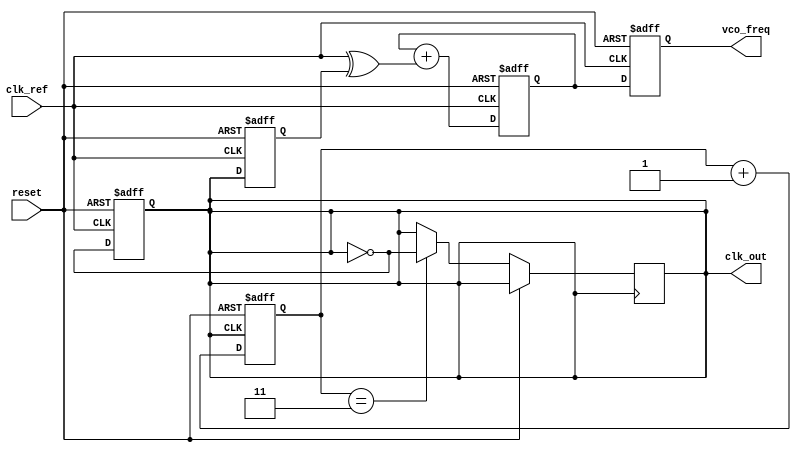
module PLL (
    input wire clk_ref,           // Reference clock input
    input wire reset,             // Reset signal
    output reg clk_out,           // Output clock signal
    output reg [3:0] vco_freq     // VCO frequency control output
);

// Phase Detector
reg clk_out_delayed;             // Delayed output clock for phase comparison
wire phase_error;                // Phase error signal

always @(posedge clk_ref or posedge reset) begin
    if (reset) begin
        clk_out_delayed <= 0;
    end else begin
        clk_out_delayed <= clk_out;
    end
end

assign phase_error = clk_ref ^ clk_out_delayed; // XOR for phase detection

// Loop Filter (simple first-order)
reg [3:0] loop_filter;           // Loop filter output
always @(posedge clk_ref or posedge reset) begin
    if (reset) begin
        loop_filter <= 4'b0000;   // Reset filter output
    end else begin
        loop_filter <= loop_filter + phase_error; // Simple integrator
    end
end

// Voltage-Controlled Oscillator (VCO)
always @(posedge clk_ref or posedge reset) begin
    if (reset) begin
        clk_out <= 0;             // Reset output clock
        vco_freq <= 4'b0000;      // Reset VCO frequency
    end else begin
        // Adjust VCO frequency based on loop filter output
        vco_freq <= loop_filter;   // Direct mapping for simplicity
        clk_out <= ~clk_out;       // Toggle output clock (simplified VCO behavior)
    end
end

// Frequency Divider (simple division by 2)
reg [1:0] divider_count;         // Divider counter
always @(posedge clk_out or posedge reset) begin
    if (reset) begin
        divider_count <= 2'b00;   // Reset divider
    end else begin
        divider_count <= divider_count + 1;
        if (divider_count == 2'b11) begin
            clk_out <= ~clk_out;   // Toggle output clock for division by 2
        end
    end
end

endmodule